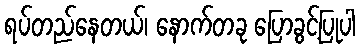
ရပ်တည်နေတယ်၊ နောက်တခု ပြောခွင့်ပြုပါ